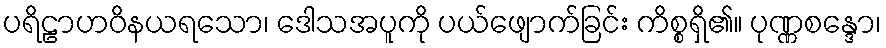
ပရိဠာဟဝိနယရသော၊ ဒေါသအပူကို ပယ်ဖျောက်ခြင်း ကိစ္စရှိ၏။ ပုဏ္ဏစန္ဒော၊